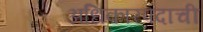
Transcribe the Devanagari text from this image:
अधिकारपदाची